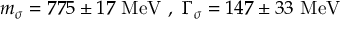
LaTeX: m _ { \sigma } = 7 7 5 \pm 1 7 \ \mathrm { M e V } \ , \ \Gamma _ { \sigma } = 1 4 7 \pm 3 3 \ \mathrm { M e V }